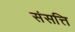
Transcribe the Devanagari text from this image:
संसत्ति